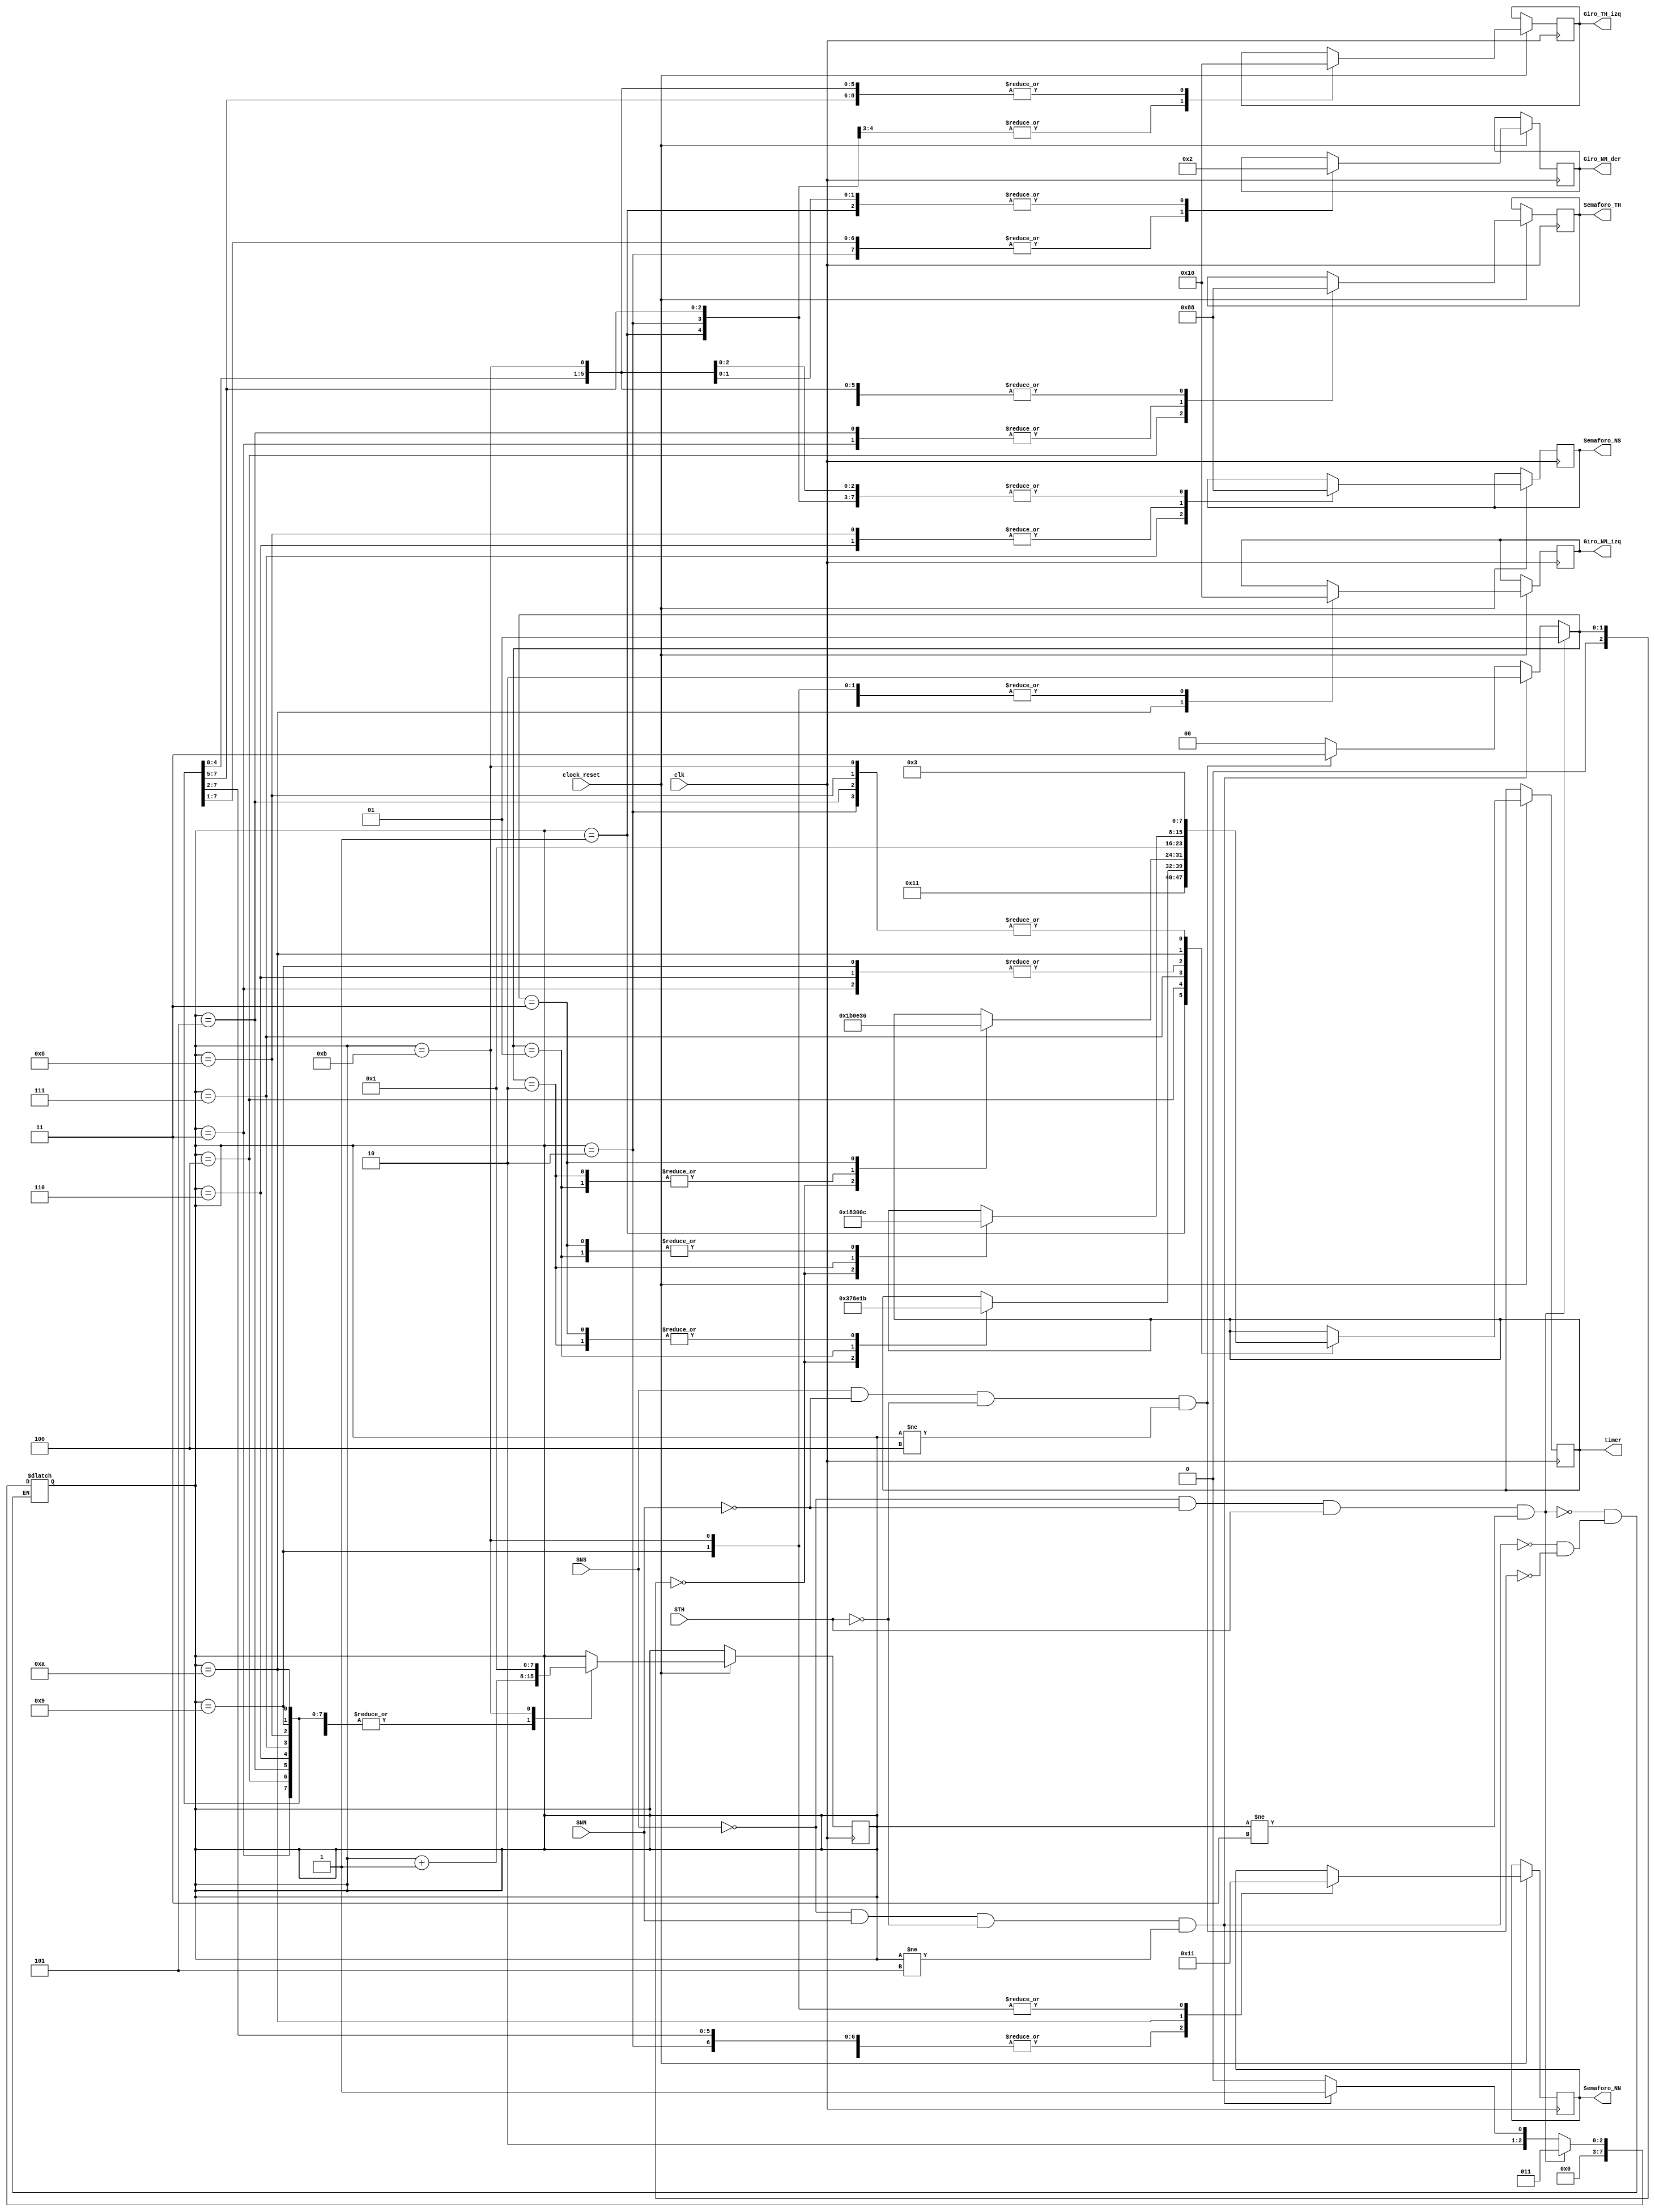
module fsm
  (
    //input wire red_check_SemaforoNN_E6,
    //input wire [31:0] ms, //milisecond
    input wire clock_reset,
    input wire clk, //10kHz
    input wire SNN, //sensor Norton Norte
    input wire SNS,
    input wire STH,
	/*
    input wire PNN, //Pulsador Norton Norte
    input wire PNS,
    input wire PTH,	   */

    output reg [2:0] Semaforo_NN, //change S1
    output reg [2:0] Semaforo_NS,
    output reg [2:0] Semaforo_TH,
    output reg [2:0] Giro_NN_izq,
    output reg [2:0] Giro_NN_der,
    output reg [2:0] Giro_TH_izq,
    /*output reg [2:0] Semaforo_peaton_N,
    output reg [2:0] Semaforo_peaton_TH1,
    output reg [2:0] Semaforo_peaton_TH2,	  */
	/*
    output reg set_Semaforo_NN, //change S1
    output reg set_Semaforo_NS,
    output reg set_Semaforo_TH,
    output reg set_Giro_NN_izq,
    output reg set_Giro_NN_der,
    output reg set_Giro_TH_izq,
    output reg set_Semaforo_peaton_N,
    output reg set_Semaforo_peaton_TH1,
    output reg set_Semaforo_peaton_TH2,	   */

    //input wire reset_general,
    //input wire enable_general	 
	output reg [7:0] timer
  );

  //Elemento que contar� los segundos

   // timeCounter myTimeCounter ()  

    parameter [2:1] A = 2'b00;
    parameter [2:1] B = 2'b01;
    parameter [2:1] C = 2'b10;
    parameter [2:1] D = 2'b11;	  
	
    parameter [2:1] initialStateB = 3;
    parameter [2:0] initialStateC = 5;
    parameter [2:0] initialStateD = 4;	  
	
	parameter RED = 2'b00;
	parameter YELLOW = 2'b01;
	parameter GREEN = 2'b10;

  //Tabla de tiempos del estado 1
 /* 

    reg [7:0][3:0] time_E1;
    initial begin
        time_E1[0] = 8'd17; //Tabla A
        time_E1[1] = 8'd17; //Tabla B
        time_E1[2] = 8'd17; //Tabla C
        time_E1[3] = 8'd17; //Tabla D
    end

    //reg [3:0] time_E1 [7:0] = {8'd17, 8'd17, 8'd17, 8'd17};
    //time_E1[0] = 8'd17; //Tabla A
    //time_E1[1] = 8'd17; //Tabla B
    //time_E1[2] = 8'd17; //Tabla C
    //time_E1[3] = 8'd17; //Tabla D
    
  //Tabla de tiempos del estado 2
 
    reg [3:0] [7:0] time_E2 = {8'd3, 8'd3, 8'd3, 8'd3};
    //time_E2[0] = 8'd3; //Tabla A
    //time_E2[1] = 3; //Tabla B
    //time_E2[2] = 3; //Tabla C
    //time_E2[3] = 3; //Tabla D

  //Tabla de tiempos del estado 3
  
    reg [3:0] [7:0] time_E3 = {8'd55, 8'd110, 8'd27, 8'd27};
    //time_E3[0] = 8'd55; //Tabla A
    //time_E3[1] = 110; //Tabla B
    //time_E3[2] = 27; //Tabla C
    //time_E3[3] = 27; //Tabla D

  //Tabla de tiempos del estado 4
  
    reg [3:0] [7:0] time_E4 = {8'd3, 8'd3, 8'd3, 8'd3};
    //time_E4[0] = 8'd3; //Tabla A
    //time_E4[1] = 3; //Tabla B
    //time_E4[2] = 3; //Tabla C
    //time_E4[3] = 3; //Tabla D

  //Tabla de tiempos del estado 5

    reg [3:0] [7:0] time_E5 = {8'd27, 8'd14, 8'd14, 8'd54};
    //time_E5[0] = 8'd27; //Tabla A
    //time_E5[1] = 14; //Tabla B
    //time_E5[2] = 14; //Tabla C
    //time_E5[3] = 54; //Tabla D

//Tabla de tiempos del estado 6
  
    reg [3:0] [7:0] time_E6 = {8'd3, 8'd3, 8'd3, 8'd3};
    //time_E6[0] = 8'd3; //Tabla A
    //time_E6[1] = 3; //Tabla B
    //time_E6[2] = 3; //Tabla C
    //time_E6[3] = 3; //Tabla D

  //Tabla de tiempos del estado 7
  
    reg [3:0] [7:0] time_E7 = {8'd24, 8'd12, 8'd48, 8'd12};
    //time_E7[0] = 8'd24; //Tabla A
    //time_E7[1] = 12; //Tabla B
    //time_E7[2] = 48; //Tabla C
    //time_E7[3] = 12; //Tabla D

    //chequear que este en el rojo del estado 8

    reg [3:0] [7:0] time_E8 = {8'd24, 8'd12, 8'd48, 8'd12};
    //time_E8[0] = 8'd24; //Tabla A
    //time_E8[1] = 12; //Tabla B
    //time_E8[2] = 48; //Tabla C
    //time_E8[3] = 12; //Tabla D
    
 */	

    reg[3:1] tabla;
    reg[7:0] estado;		

    
    always @ (SNN or SNS or STH)
        begin
      //CASO 4
        if(!SNS & !SNN & STH & (estado != initialStateB) )
            begin
                tabla <= B;
                estado <= 3; //thevenin al este  
                //reset_chrono = 1;
            end
      // CASO 5
        else if ( !SNS & SNN &  !STH & (estado != initialStateC) )
            begin
                tabla <= C;
                estado <= 5; //norton al norte en verde 
                //reset_chrono = 1;
            end
      // CASO 6
        else if ( SNS & !SNN & !STH & (estado != initialStateD) )
            begin
                tabla <= D;
                estado <= 4; //norton al sur       
                //reset_chrono = 1;
            end

        /*pulsador
        else if (!SNS & !SNN & !STH)
            begin

            end
        */ 

      // CASO 1
        else 
            begin
                tabla <= A;
                //estado <= estado + 1; 
            end
        end
		
  //loop de estados
  always @ (posedge clk)	
	  begin
		  if(clock_reset)
			  begin
				  case(estado)
					1: 
					begin 
						timer <= 17;	
					    Semaforo_NN	<= RED;
						Semaforo_NS <= RED ;
						Semaforo_TH	<= RED;
						Giro_NN_izq	<= RED;
						Giro_NN_der <= GREEN;
						Giro_TH_izq <= GREEN;
						/*Semaforo_peaton_N <= 0;
						Semaforo_peaton_TH1	<= 0;
						Semaforo_peaton_TH2 <= 0; */
	                    estado = estado + 1;
					end		  		
					2:
					begin 
						timer <= 3;
					    Semaforo_NN	<= RED;
						Semaforo_NS <= RED ;
						Semaforo_TH	<= RED;
						Giro_NN_izq	<= RED;
						Giro_NN_der <= RED;
						Giro_TH_izq <= GREEN;
						/*Semaforo_peaton_N <= 0;
						Semaforo_peaton_TH1	<= 0;
						Semaforo_peaton_TH2 <= 0; */
	                    estado = estado + 1;	
					end
					3:
					begin 
						timer <= 1;	
					    Semaforo_NN	<= RED;
						Semaforo_NS <= RED ;
						Semaforo_TH	<= YELLOW;
						Giro_NN_izq	<= RED;
						Giro_NN_der <= RED;
						Giro_TH_izq <= RED;
						/*Semaforo_peaton_N <= 0;
						Semaforo_peaton_TH1	<= 0;
						Semaforo_peaton_TH2 <= 0; */
	                    estado = estado + 1;	
					end
					4:	 
					begin 
						case(tabla)
							A: timer <= 55;
							B: timer <= 110;
							C: timer <= 27;
							D: timer <= 27;
						endcase		
					    Semaforo_NN	<= RED;
						Semaforo_NS <= RED ;
						Semaforo_TH	<= GREEN;
						Giro_NN_izq	<= RED;
						Giro_NN_der <= RED;
						Giro_TH_izq <= RED;
						/*Semaforo_peaton_N <= 0;
						Semaforo_peaton_TH1	<= 0;
						Semaforo_peaton_TH2 <= 0; */
	                    estado = estado + 1; 
					end
					5: 
					begin 
						timer <= 3;	
					    Semaforo_NN	<= RED;
						Semaforo_NS <= RED ;
						Semaforo_TH	<= YELLOW;
						Giro_NN_izq	<= RED;
						Giro_NN_der <= RED;
						Giro_TH_izq <= RED;
						/*Semaforo_peaton_N <= 0;
						Semaforo_peaton_TH1	<= 0;
						Semaforo_peaton_TH2 <= 0; */
	                    estado = estado + 1;	 
					end
					6:
					begin 
						timer <= 1;	
					    Semaforo_NN	<= RED;
						Semaforo_NS <= YELLOW ;
						Semaforo_TH	<= RED;
						Giro_NN_izq	<= RED;
						Giro_NN_der <= RED;
						Giro_TH_izq <= RED;
						/*Semaforo_peaton_N <= 0;
						Semaforo_peaton_TH1	<= 0;
						Semaforo_peaton_TH2 <= 0; */
	                    estado = estado + 1;   
					end
					7: 
					begin 
						case(tabla)
							A: timer <= 27;
							B: timer <= 14;
							C: timer <= 14;
							D: timer <= 54;
						endcase		
					    Semaforo_NN	<= RED;
						Semaforo_NS <= GREEN ;
						Semaforo_TH	<= RED;
						Giro_NN_izq	<= RED;
						Giro_NN_der <= RED;
						Giro_TH_izq <= RED;
						/*Semaforo_peaton_N <= 0;
						Semaforo_peaton_TH1	<= 0;
						Semaforo_peaton_TH2 <= 0; */
	                    estado = estado + 1;
					end
					8:
					begin 
						timer <= 3;
					    Semaforo_NN	<= RED;
						Semaforo_NS <= YELLOW ;
						Semaforo_TH	<= RED;
						Giro_NN_izq	<= RED;
						Giro_NN_der <= RED;
						Giro_TH_izq <= RED;
						/*Semaforo_peaton_N <= 0;
						Semaforo_peaton_TH1	<= 0;
						Semaforo_peaton_TH2 <= 0; */
	                    estado = estado + 1; 
					end
					9:
					begin 
	
						timer <= 1;
					    Semaforo_NN	<= YELLOW;
						Semaforo_NS <= RED ;
						Semaforo_TH	<= RED;
						Giro_NN_izq	<= RED;
						Giro_NN_der <= RED;
						Giro_TH_izq <= RED;
						/*Semaforo_peaton_N <= 0;
						Semaforo_peaton_TH1	<= 0;
						Semaforo_peaton_TH2 <= 0; */
	                    estado = estado + 1;  
					end
					10:
					begin 
						case(tabla)
							A: timer <= 24;
							B: timer <= 12;
							C: timer <= 48;
							D: timer <= 12;
						endcase		
					    Semaforo_NN	<= GREEN;
						Semaforo_NS <= RED ;
						Semaforo_TH	<= RED;
						Giro_NN_izq	<= GREEN;
						Giro_NN_der <= GREEN;
						Giro_TH_izq <= RED;
						/*Semaforo_peaton_N <= 0;
						Semaforo_peaton_TH1	<= 0;
						Semaforo_peaton_TH2 <= 0; */
	                    estado = estado + 1; 
					end
					11:
					begin 
						timer <= 3;	
					    Semaforo_NN	<= YELLOW;
						Semaforo_NS <= RED ;
						Semaforo_TH	<= RED;
						Giro_NN_izq	<= RED;
						Giro_NN_der <= GREEN;
						Giro_TH_izq <= RED;
						/*Semaforo_peaton_N <= 0;
						Semaforo_peaton_TH1	<= 0;
						Semaforo_peaton_TH2 <= 0; */
	                    estado = 1;
					end
				endcase	
			end
		end	
/*		
		    output reg Semaforo_NN, //change S1
    output reg ,
    output reg ,
    output reg ,
    output reg ,
    output reg ,
    output reg ,
    output reg ,
    output reg ,
			
			                    CGiro_NN_der <= 1;
                    CSemaforo_peaton_TH2 <= 1;		
		
  //loop de estados
    always @ (posedge CLK)
        begin
            if (reset_chrono == 1)
                reset_chrono <= 0;

            if (reset_general == 1)
                estado = 9;

                case (estado)
                    9: //estado de reset
                    begin
                        if (enable_general == 1)
                        	begin
                            	{set_Semaforo_NN set_Semaforo_NS set_Semaforo_TH set_Giro_NN_izq set_Semaforo_peaton_N set_Semaforo_peaton_TH2} <= 1;
                            	{set_Giro_NN_der, set_Giro_TH_izq, set_Semaforo_peaton_TH1} <= 0;
                            	{reset_chrono, estado} <= 1;
                            end
                    end
                    
                    1: 
                    begin
                        CGiro_TH_izq <= 0;
                        CSemaforo_peaton_N <= 0;
                        CSemaforo_peaton_TH1 <= 0;
                        if (ms >= 17*1000)
                            begin
                                estado = estado + 1;
                                reset_chrono <= 1;
                                //seteo de luces para proximo estado (2)
                                CGiro_NN_der <= 1;
                                CSemaforo_peaton_TH2 <= 1;
                            end
                    end

                    2:
                    begin
                        CGiro_NN_der <= 0;
                        CSemaforo_peaton_TH2 <= 0;
                        if (ms >= 3*1000)
                            begin
                                estado = estado + 1;
                                reset_chrono <= 1;
                                //seteo de luces para proximo estado (3)
                                CSemaforo_TH <=1;
                            end
                    end
                    
                    3: 
                    begin
                        CSemaforo_TH <=0;
                        if (ms >= 55*1000)
                            begin
                                estado = estado + 1;
                                reset_chrono <= 1;
                                //seteo de luces para proximo estado (4)
                                CSemaforo_TH <= 1;
                            end
                    end

                    4: 
                    begin
                        CSemaforo_TH <=0;
                        if (ms >= 3*1000)
                            begin
                                estado = estado + 1;
                                reset_chrono <= 1;
                                //cambio de luces
                                CSemaforo_peaton_TH1 <= 1;
                                CSemaforo_peaton_TH2 <= 1;
                                CSemaforo_peaton_N <= 1;
                                CSemaforo_NS <= 1;
                            end
                    end

                    5: 
                    begin
                        CSemaforo_peaton_TH1 <= 0;
                        CSemaforo_peaton_TH2 <= 0;
                        CSemaforo_peaton_N <= 0;
                        CSemaforo_NS <= 0;
                        if (ms >= 27*1000)
                            begin
                                estado = estado + 1;
                                reset_chrono <= 1;
                                //cambio de luces 
                                CSemaforo_NS <= 1;
                            end
                    end

                    6:
                    begin
                        CSemaforo_NS <= 0;
                        if (red_check_SemaforoNN_E6) 
                        	begin
                            	estado = estado + 1;
                            	reset_chrono <= 1;

                            	//cambio luces hacia NN
                            	CSemaforo_NN <= 1;
                            	CGiro_NN_der <= 1;
                            	CGiro_NN_izq <= 1;     
                            end
                        end

                    7:
                    begin
                        CSemaforo_NN <= 0;
                        CGiro_NN_der <= 0;
                        CGiro_NN_izq <= 0;

                        if (red_check_SemaforoNN_E6) 
                        	begin
                            	estado = estado + 1;
                            	reset_chrono <= 1;

                            	//mantuve estado 7 (luz amarilla)
                            	CSemaforo_NN <= 1;
                            	CGiro_NN_izq <= 1;  
                            end
                    end

                    8:
                    begin
                        CSemaforo_NN <= 0;
                        CGiro_NN_izq <= 0;
                        if (red_check_SemaforoNN_E6) 
                        	begin
                            estado = 1;
                            reset_chrono <= 1;

                            //estado repite
                            CGiro_TH_izq <= 1;
                            CSemaforo_peaton_N <= 1;
                            CSemaforo_peaton_TH1 <= 1;
                            end
                        end
                endcase
        end		 */

endmodule
module testfsm();
	
   	reg CLK_10k;
	reg [7:0] seconds;
	wire clock_reset;                                  
	chronometer C1 (.clock_reset (clock_reseT), .secondsToCount (seconds), .clk(CLK_10k)); 
	
	reg SNN_test;
	reg STH_test;
	reg SNS_test;	
	wire NN_red, NN_yellow, NN_green; //semforo Norton al Norte
	wire NS_red, NS_yellow, NS_green; //semforo Norton al Sur
	wire TH_red, TH_yellow, TH_green; //semforo Thevenin
	
	wire GNNL_red, GNNL_green; //semforo Norton al Norte
	wire GNNR_red, GNNR_green; //semforo Norton al Sur
	wire GTH_red, GTH_green; //semforo Thevenin	
	
	wire [1:0] lightTH;
	wire [1:0] lightNN;
	wire [1:0] lightNS;
	wire [1:0] lightGTH;
	wire [1:0] lightGNN_R;
	wire [1:0] lightGNN_L;
	
	fsm fsmGeneral(.clock_reset(clock_reseT),
		.clk(CLK_10k),
		.SNN(SNN_test), 
	    .SNS(SNS_test),
	    .STH(STH_test),
	    .Semaforo_NN(lightNN), 
	    .Semaforo_NS(lightNS),
	    .Semaforo_TH(lightTH),
	    .Giro_NN_izq(lightGNN_L),
	    .Giro_NN_der(lightGNN_R),
	    .Giro_TH_izq(lightGTH),
		.timer(seconds));		  

	initial begin
		CLK_10k=0;
		forever #100000ns CLK_10k = ~ CLK_10k;
	end
	
	initial begin
		#1s 
		STH_test =0;
		SNN_test =0;
		SNS_test =1;
		
		#5s
		STH_test =1;
		SNN_test =0;
		SNS_test =0;
		#7s
		STH_test =0;
		SNN_test =1;
		SNS_test =0;
		#10s
		$finish;
	end
	
endmodule